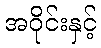
အဝိုင်းနှင့်